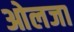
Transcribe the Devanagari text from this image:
ओलजा